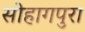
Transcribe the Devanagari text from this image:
सोहागपुरा